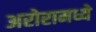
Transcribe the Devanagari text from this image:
अरोरामध्ये